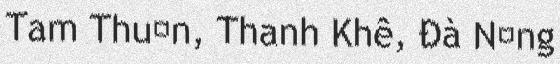
Tam Thuận, Thanh Khê, Đà Nẵng